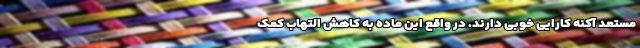
مستعد آکنه کارایی خوبی دارند. در واقع این ماده به کاهش التهاب کمک